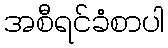
အစီရင်ခံစာပါ